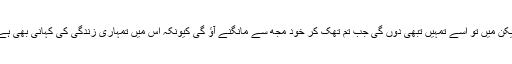
لیکن میں تو اسے تمہیں تبھی دوں گی جب تم تھک کر خود مجھ سے مانگنے آؤ گی کیونکہ اس میں تمہاری زندگی کی کہانی بھی ہے۔